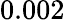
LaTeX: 0.002\